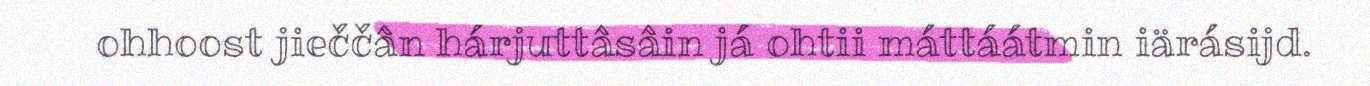
ohhoost jieččân hárjuttâsâin já ohtii máttáátmin iärásijd.